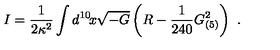
I = \frac { 1 } { 2 \kappa ^ { 2 } } \int d ^ { 1 0 } \! x \sqrt { - G } \left( R - \frac { 1 } { 2 4 0 } G _ { ( 5 ) } ^ { 2 } \right) \ .